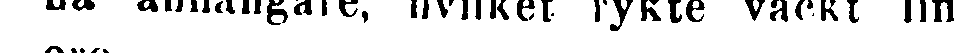
na anhängare, hvilket rykte väckt liflig